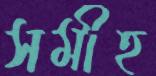
সমীহ